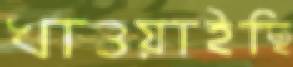
খাওয়াইছি